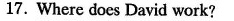
17. Where does David work?